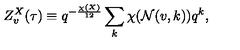
Z _ { v } ^ { X } ( \tau ) \equiv q ^ { - { \frac { \chi ( X ) } { 1 2 } } } \sum _ { k } \chi ( { \cal N } ( v , k ) ) q ^ { k } ,